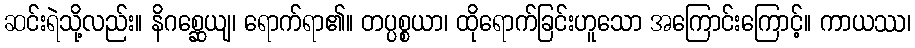
ဆင်းရဲသို့လည်း။ နိဂစ္ဆေယျ၊ ရောက်ရာ၏။ တပ္ပစ္စယာ၊ ထိုရောက်ခြင်းဟူသော အကြောင်းကြောင့်။ ကာယဿ၊